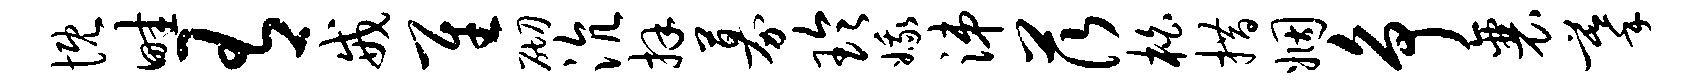
慨畦有戒隹砌沆拜募玲娥涕茨柏措姻争襄摹